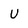
Character: U